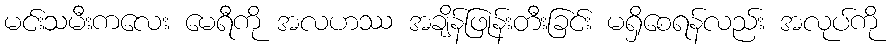
မင်းသမီးကလေး မေရီကို အလဟဿ အချိန်ဖြုန်းတီးခြင်း မရှိစေရန်လည်း အလုပ်ကို